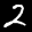
Label: 2